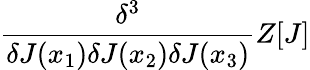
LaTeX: {\frac{\delta^{3}}{\delta J(x_{1})\delta J(x_{2})\delta J(x_{3})}}Z[J]